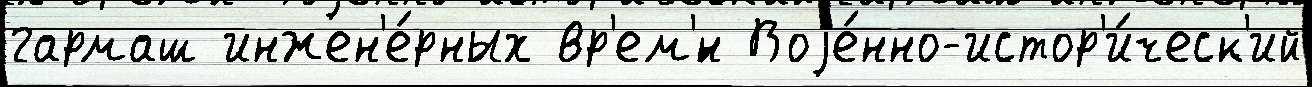
гармаш инжен'е́рных вр'ем'́н Воjе́нно-истор'и́ческ'ий